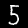
Digit: 5